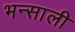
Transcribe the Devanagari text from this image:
भन्साली